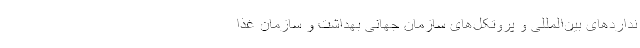
نداردهای بین‌المللی و پروتکل‌های سازمان جهانی بهداشت و سازمان غذا